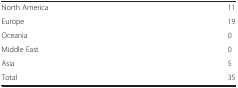
<table><thead><tr><td><b> </b></td><td><b> </b></td></tr></thead><tbody><tr><td>North America</td><td>11</td></tr><tr><td>Europe</td><td>19</td></tr><tr><td>Oceania</td><td>0</td></tr><tr><td>Middle East</td><td>0</td></tr><tr><td>Asia</td><td>5</td></tr><tr><td>Total</td><td>35</td></tr></tbody></table>